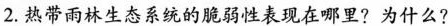
2.热带雨林生态系统的脆弱性表现在哪里?为什么?